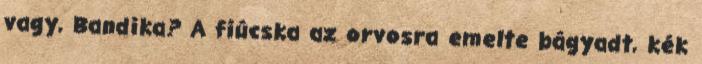
vagy, Bandika? A fiúcska az orvosra emelte bágyadt, kék